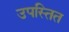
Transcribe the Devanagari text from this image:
उपस्तित